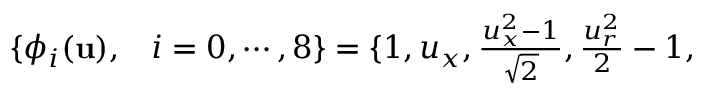
\begin{array} { r l } { \{ \phi _ { i } ( \mathbf { u } ) , } & { { } i = 0 , \cdots , 8 \} = \{ 1 , { u } _ { x } , \frac { { u } _ { x } ^ { 2 } - 1 } { \sqrt { 2 } } , \frac { { u } _ { r } ^ { 2 } } { 2 } - 1 , } \end{array}